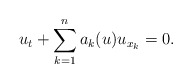
\begin{align*}u_t + \sum_{k=1}^n a_k(u) u_{x_k} = 0.\end{align*}